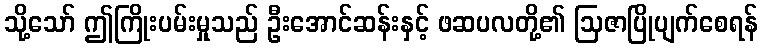
သို့သော် ဤကြိုးပမ်းမှုသည် ဦးအောင်ဆန်းနှင့် ဖဆပလတို့၏ ဩဇာပြိုပျက်စေရန်